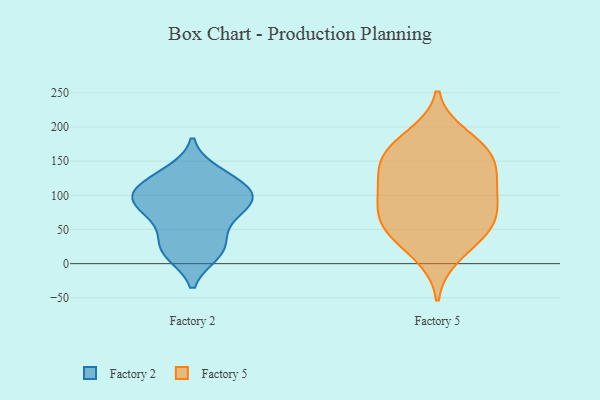
{"axis": {"x": "Headcount", "y": "Value"}, "legend": ["Factory 2", "Factory 5"], "data": [{"x": "", "y": 90, "type": "Factory 2"}, {"x": "", "y": 95, "type": "Factory 2"}, {"x": "", "y": 68, "type": "Factory 2"}, {"x": "", "y": 98, "type": "Factory 2"}, {"x": "", "y": 121, "type": "Factory 2"}, {"x": "", "y": 20, "type": "Factory 2"}, {"x": "", "y": 94, "type": "Factory 2"}, {"x": "", "y": 123, "type": "Factory 2"}, {"x": "", "y": 19, "type": "Factory 2"}, {"x": "", "y": 102, "type": "Factory 2"}, {"x": "", "y": 73, "type": "Factory 2"}, {"x": "", "y": 15, "type": "Factory 2"}, {"x": "", "y": 133, "type": "Factory 2"}, {"x": "", "y": 40, "type": "Factory 2"}, {"x": "", "y": 106, "type": "Factory 5"}, {"x": "", "y": 79, "type": "Factory 5"}, {"x": "", "y": 116, "type": "Factory 5"}, {"x": "", "y": 129, "type": "Factory 5"}, {"x": "", "y": 12, "type": "Factory 5"}, {"x": "", "y": 54, "type": "Factory 5"}, {"x": "", "y": 67, "type": "Factory 5"}, {"x": "", "y": 162, "type": "Factory 5"}, {"x": "", "y": 186, "type": "Factory 5"}, {"x": "", "y": 47, "type": "Factory 5"}, {"x": "", "y": 160, "type": "Factory 5"}, {"x": "", "y": 142, "type": "Factory 5"}, {"x": "", "y": 170, "type": "Factory 5"}, {"x": "", "y": 91, "type": "Factory 5"}, {"x": "", "y": 43, "type": "Factory 5"}]}